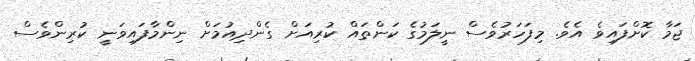
ޖަމާ ކޮށްފައިވެ އެވެ. މިފަހަރުވެސް ނީލަމުގެ ކަންތައް ކުރިއަށް ގެންދިއުމަށް ނިންމާފައިވަނީ ކުރިންވެސް